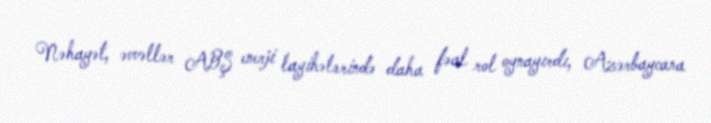
Nəhayət, əvvəllər ABŞ enerji layihələrində daha fəal rol oynayırdı, Azərbaycana